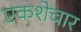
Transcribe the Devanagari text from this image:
एकशेचार